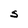
Character: S